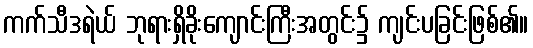
ကက်သီဒရဲယ် ဘုရားရှိခိုးကျောင်းကြီးအတွင်း၌ ကျင်းပခြင်းဖြစ်၏။